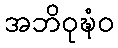
အဘိဝုဍ္ဎံဝ